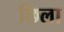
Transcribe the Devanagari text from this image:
छिला